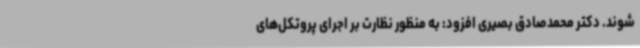
شوند. دکتر محمدصادق بصیری افزود: به منظور نظارت بر اجرای پروتکل‌های